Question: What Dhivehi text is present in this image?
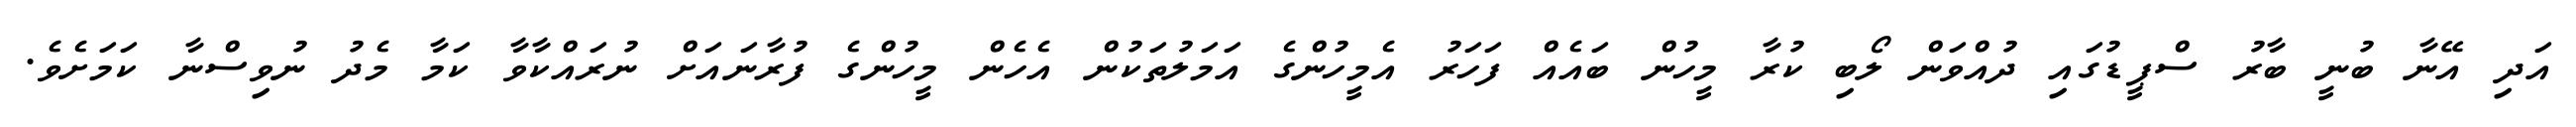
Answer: އަދި އޭނާ ބުނީ ބާރު ސްޕީޑުގައި ދުއްވަން ލޯބި ކުރާ މީހުން ބައެއް ފަހަރު އެމީހުންގެ އަމަލުތަކުން އެހެން މީހުންގެ ފުރާނައަށް ނުރައްކާވާ ކަމާ މެދު ނުވިސްނާ ކަމަށެވެ.